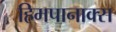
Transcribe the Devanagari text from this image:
हिमपानाक्स